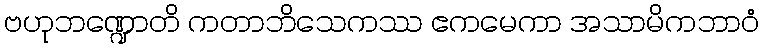
ဗဟုဘဏ္ဍောတိ ကတာဘိသေကဿ ဧကမေကာ အသာမိကဘာဝံ